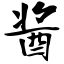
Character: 酱